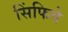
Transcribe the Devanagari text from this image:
सिंफिवे